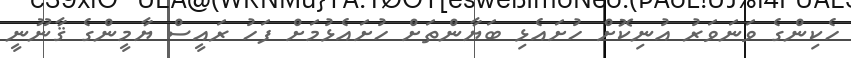
ހެކިންގެ ވަނަވަރު އުނިކޮށް ހުށައެޅި ބަޔާންތަށް ހުށައެޅުމަށް ފަހު ރައީސް ޔާމީންގެ ޤާނޫނީ